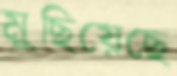
মুছিয়েছে